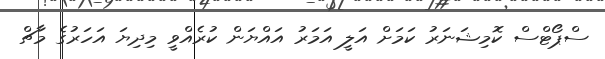
ސްޕޯޓްސް ކޮމިޝަނަރު ކަމަށް އަލީ އަމަރު އައްޔަން ކުރެއްވީ މިދިޔަ އަހަރުގެ މާޗް